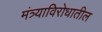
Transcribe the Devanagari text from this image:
मंत्र्याविरोधातील